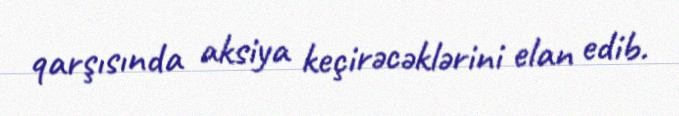
qarşısında aksiya keçirəcəklərini elan edib.